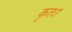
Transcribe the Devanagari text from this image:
कृतः।